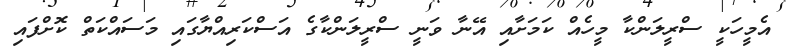
އެމީހަކީ ސްރީލަންކާ މީހެއް ކަމަށާއި އޭނާ ވަނީ ސްރީލަންކާގެ އަސްކަރިއްޔާގައި މަސައްކަތް ކޮށްފައި